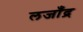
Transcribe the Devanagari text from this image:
लजाँद्र